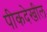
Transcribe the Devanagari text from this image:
पीकदेखील